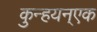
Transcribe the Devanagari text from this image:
कुन्हयन्एक